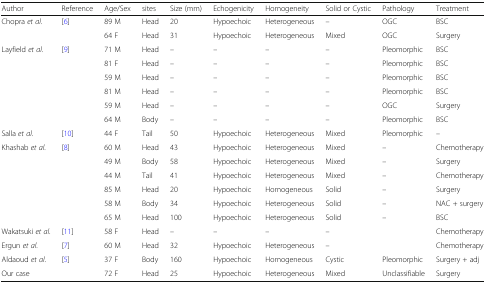
| Author | Reference | Age/Sex | sites | Size (mm) | Echogenicity | Homogeneity | Solid or Cystic | Pathology | Treatment |
 | --- | --- | --- | --- | --- | --- | --- | --- | --- | --- |
 | <ROWSPAN=2> Chopra et al. | <ROWSPAN=2> [6] | 89 M | Head | 20 | Hypoechoic | Heterogeneous | – | OGC | BSC |
 | 64 F | Head | 31 | Hypoechoic | Heterogeneous | Mixed | OGC | Surgery |
 | <ROWSPAN=6> Layfield et al. | <ROWSPAN=6> [9] | 71 M | Head | – | – | – | – | Pleomorphic | BSC |
 | 81 F | Head | – | – | – | – | Pleomorphic | BSC |
 | 59 M | Head | – | – | – | – | Pleomorphic | BSC |
 | 81 M | Head | – | – | – | – | Pleomorphic | BSC |
 | 59 M | Head | – | – | – | – | OGC | Surgery |
 | 64 M | Body | – | – | – | – | Pleomorphic | BSC |
 | Salla et al. | [10] | 44 F | Tail | 50 | Hypoechoic | Heterogeneous | Mixed | Pleomorphic | – |
 | <ROWSPAN=6> Khashab et al. | <ROWSPAN=6> [8] | 60 M | Head | 43 | Hypoechoic | Heterogeneous | Mixed | – | Chemotherapy |
 | 49 M | Body | 58 | Hypoechoic | Heterogeneous | Mixed | – | Surgery |
 | 44 M | Tail | 41 | Hypoechoic | Heterogeneous | Mixed | – | Chemotherapy |
 | 85 M | Head | 20 | Hypoechoic | Homogeneous | Solid | – | Surgery |
 | 58 M | Body | 34 | Hypoechoic | Heterogeneous | Solid | – | NAC + surgery |
 | 65 M | Head | 100 | Hypoechoic | Heterogeneous | Solid | – | BSC |
 | Wakatsuki et al. | [11] | 58 F | Head | – | – | – | – |  | Chemotherapy |
 | Ergun et al. | [7] | 60 M | Head | 32 | Hypoechoic | Heterogeneous | – |  | Chemotherapy |
 | Aldaoud et al. | [5] | 37 F | Body | 160 | Hypoechoic | Homogeneous | Cystic | Pleomorphic | Surgery + adj |
 | Our case |  | 72 F | Head | 25 | Hypoechoic | Heterogeneous | Mixed | Unclassifiable | Surgery |